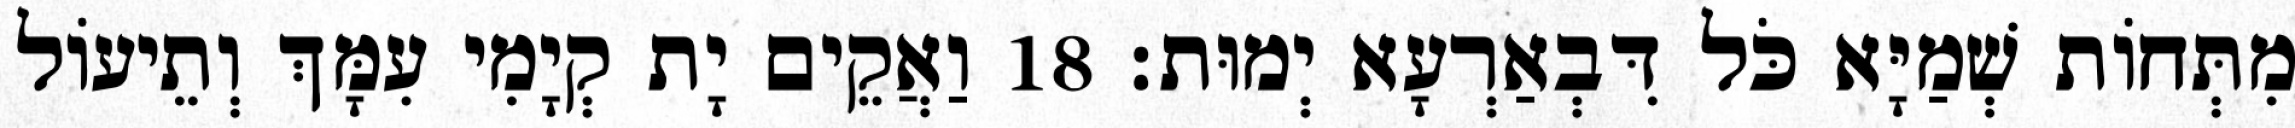
מִתְּחוֹת שְׁמַיָּא כֹּל דִּבְאַרְעָא יְמוּת׃ 18 וַאֲקֵים יָת קְיָמִי עִמָּךְ וְתֵיעוֹל